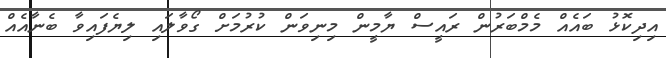
އިދިކޮޅު ބައެއް މެމްބަރުން ރައީސް ޔާމީން މިނިވަން ކުރުމަށް ގޯވާލައި ލިޔެފައިވާ ބެނާއެއް